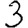
Digit: 3